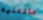
ماتعنيه